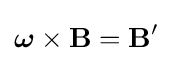
{\boldsymbol {\omega }}\times \mathbf {B} =\mathbf {B'}